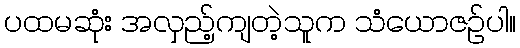
ပထမဆုံး အလှည့်ကျတဲ့သူက သံယောဇဉ်ပါ။